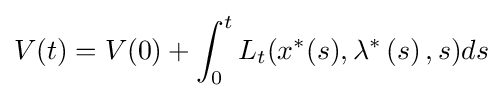
V(t)=V(0)+\int _{0}^{t}L_{t}(x^{\ast }(s),\lambda ^{\ast }\left(s\right),s)ds